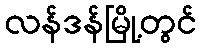
လန်ဒန်မြို့တွင်